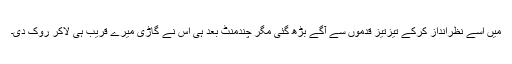
میں اسے نظرانداز کرکے تیزتیز قدموں سے آگے بڑھ گئی مگر چندمنٹ بعد ہی اس نے گاڑی میرے قریب ہی لاکر روک دی۔